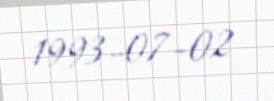
1993-07-02